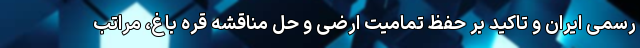
رسمی ایران و تاکید بر حفظ تمامیت ارضی و حل مناقشه قره باغ، مراتب